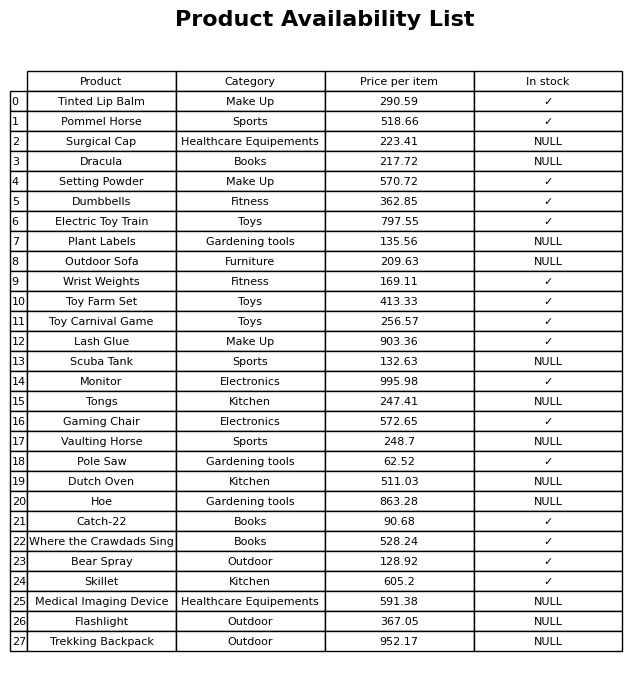
question: What is the price for Medical Imaging Device?
answer: The price of Medical Imaging Device is 591.38.